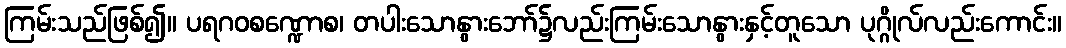
ကြမ်းသည်ဖြစ်၍။ ပရဂဝစဏ္ဍောစ၊ တပါးသောနွားဘော်၌လည်းကြမ်းသောနွားနှင့်တူသော ပုဂ္ဂိုလ်လည်းကောင်း။